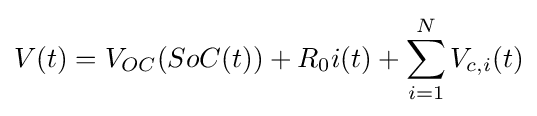
V(t)=V_{OC}(SoC(t))+R_{0}i(t)+\sum _{i=1}^{N}V_{c,i}(t)